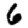
Digit: 6